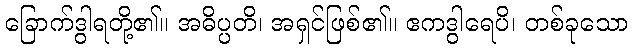
ခြောက်ဒွါရတို့၏။ အဓိပ္ပတိ၊ အရှင်ဖြစ်၏။ ဧကဒွါရေပိ၊ တစ်ခုသော